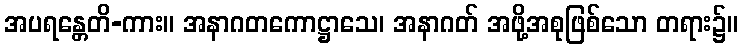
အပရန္တေတိ-ကား။ အနာဂတကောဋ္ဌာသေ၊ အနာဂတ် အဖို့အစုဖြစ်သော တရား၌။